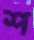
শ